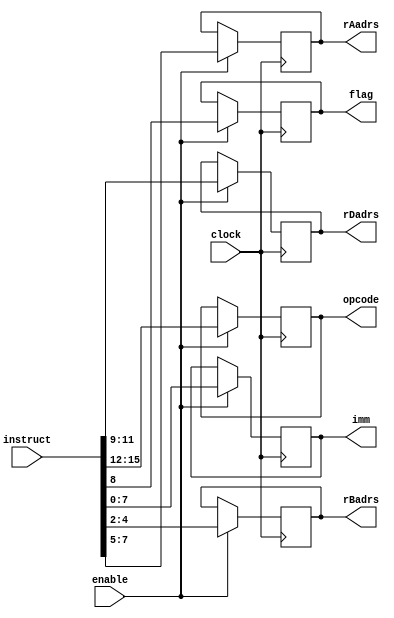

module instruction_decoder( clock, enable, instruct, opcode, rDadrs, rAadrs, rBadrs, imm, flag);

	//Declaring inputs
	input clock;
	input enable;
	input[15:0] instruct;
	//Declaring outputs
	output[3:0] opcode;
	output[2:0] rDadrs;
	output[2:0] rAadrs;
	output[2:0] rBadrs;
	output[7:0] imm;
	output flag;
	//output registers
	reg[3:0] opcode;
	reg[2:0] rDadrs, rAadrs, rBadrs;
	reg [7:0] imm;
	reg flag;

	always@(posedge clock)
		begin
			if (enable)
				begin
					opcode <= instruct[15:12];
					rDadrs <= instruct[11:9];
					flag <= instruct[8];
					rAadrs <= instruct[7:5];
					rBadrs <= instruct[4:2];
					imm <= instruct[7:0];
				end
		end

endmodule